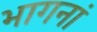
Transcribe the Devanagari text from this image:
भागनां